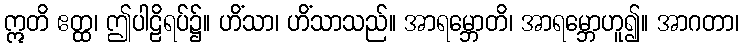
ဣတိ ဧတ္ထ၊ ဤပါဠိရပ်၌။ ဟိံသာ၊ ဟိံသာသည်။ အာရမ္ဘောတိ၊ အာရမ္ဘောဟူ၍။ အာဂတာ၊